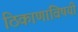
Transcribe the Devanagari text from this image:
ठिकाणांविषयी